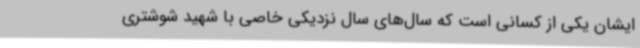
ایشان یکی از کسانی است که سال‌های سال نزدیکی خاصی با شهید شوشتری